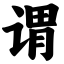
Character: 谓